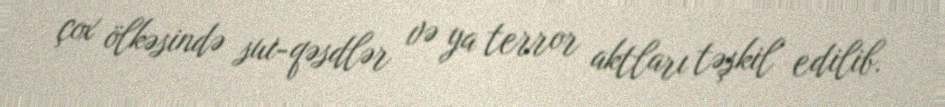
çox ölkəsində sui-qəsdlər və ya terror aktları təşkil edilib.